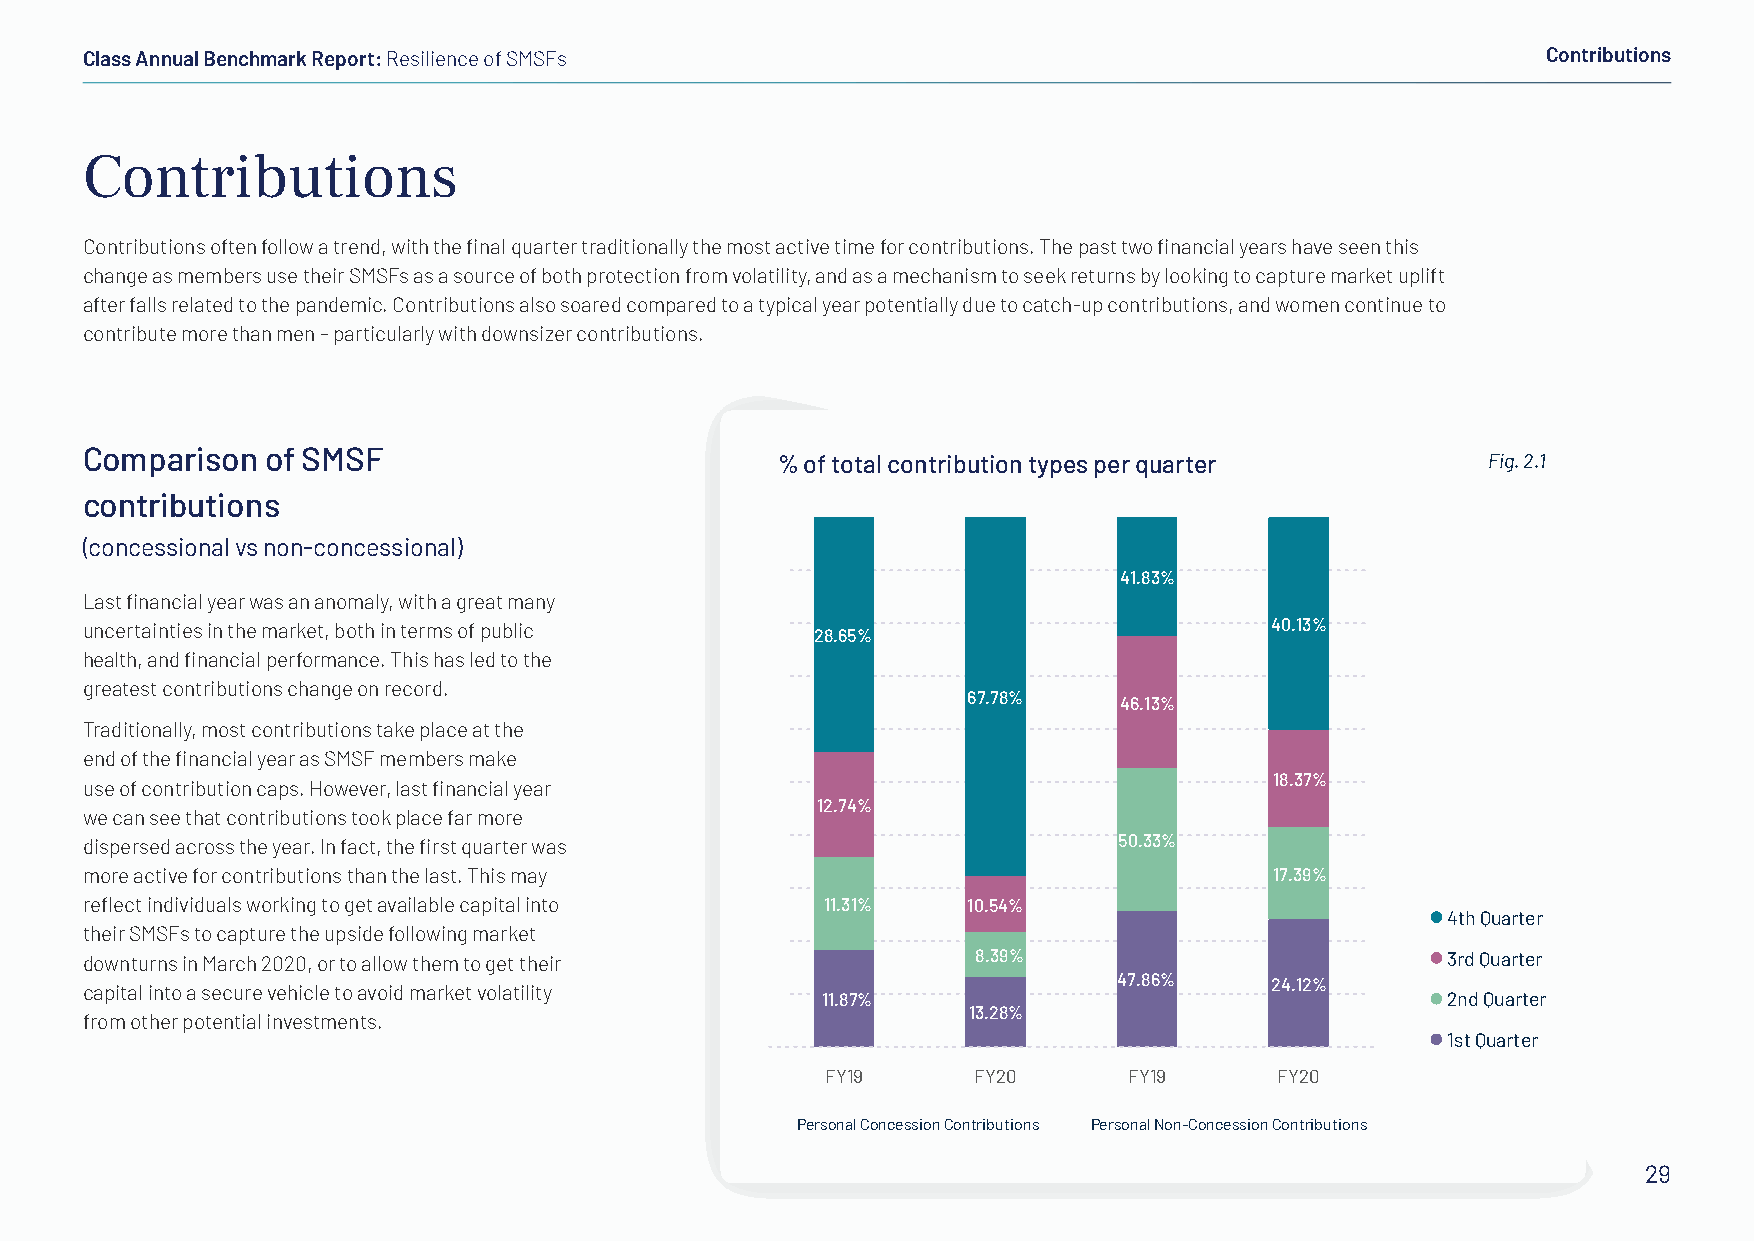
Class Annual Benchmark Report: Resilience of SMSFs                                               Contributions
 Contributions
 Contributions often follow a trend, with the final quarter traditionally the most active time for contributions. The past two financial years have seen this
 change as members use their SMSFs as a source of both protection from volatility, and as a mechanism to seek returns by looking to capture market uplift
 after falls related to the pandemic. Contributions also soared compared to a typical year potentially due to catch-up contributions, and women continue to
 contribute more than men – particularly with downsizer contributions.
 Comparison   of SMSF
 % of total contribution types per quarter     Fig. 2.1
 contributions
 (concessional vs non-concessional)
 41.83%
 Last financial year was an anomaly, with a great many
 uncertainties in the market, both in terms of public                           40.13%
 28.65%
 health, and financial performance. This has led to the
 greatest contributions change on record.
 67.78%    46.13%
 Traditionally, most contributions take place at the
 end of the financial year as SMSF members make
 18.37%
 use of contribution caps. However, last financial year
 12.74%
 we can see that contributions took place far more
 dispersed across the year. In fact, the first quarter was            50.33%
 more active for contributions than the last. This may                          17.39%
 reflect individuals working to get available capital into 11.31% 10.54%
 4th Quarter
 their SMSFs to capture the upside following market
 downturns in March 2020, or to allow them to get their      8.39%                          3rd Quarter
 47.86%    24.12%
 capital into a secure vehicle to avoid market volatility
 11.87%                                    2nd Quarter
 13.28%
 from other potential investments.
 1st Quarter
 FY19      FY20      FY19      FY20
 Personal Concession Contributions Personal Non-Concession Contributions
 29